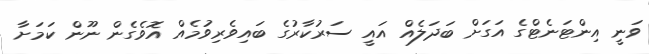
ވަނީ އިންޓަނެޓްގެ އަގަށް ބަދަލެއް އައީ ސަރުކާރުގެ ބައިވެރިވުމެއް އޮވެގެން ނޫން ކަމަށާ